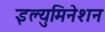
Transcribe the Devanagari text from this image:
इल्युमिनेशन